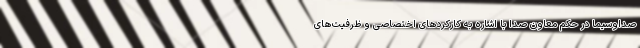
صداوسیما در حکم معاون صدا با اشاره به کارکردهای اختصاصی و ظرفیت‌های